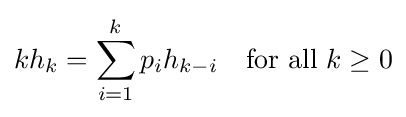
kh_{k}=\sum _{i=1}^{k}p_{i}h_{k-i}\quad {\mbox{for all }}k\geq 0